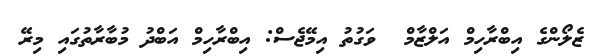
ޒެލޯންގެ އިބްރާހިމް އަލްޒާމް  ވަގުތު އިމޭޖެސް: އިބްރާހިމް އަބްދު މުބާރާތުގައި މިރޭ